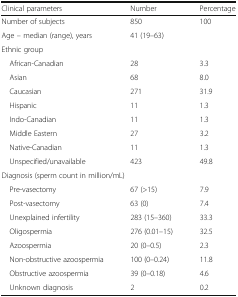
<table><thead><tr><td><b>Clinical parameters</b></td><td><b>Number</b></td><td><b>Percentage</b></td></tr></thead><tbody><tr><td>Number of subjects</td><td>850</td><td>100</td></tr><tr><td>Age – median (range), years</td><td>41 (19–63)</td><td></td></tr><tr><td colspan="3">Ethnic group</td></tr><tr><td> African-Canadian</td><td>28</td><td>3.3</td></tr><tr><td> Asian</td><td>68</td><td>8.0</td></tr><tr><td> Caucasian</td><td>271</td><td>31.9</td></tr><tr><td> Hispanic</td><td>11</td><td>1.3</td></tr><tr><td> Indo-Canadian</td><td>11</td><td>1.3</td></tr><tr><td> Middle Eastern</td><td>27</td><td>3.2</td></tr><tr><td> Native-Canadian</td><td>11</td><td>1.3</td></tr><tr><td> Unspecified/unavailable</td><td>423</td><td>49.8</td></tr><tr><td colspan="3">Diagnosis (sperm count in million/mL)</td></tr><tr><td> Pre-vasectomy</td><td>67 (&gt;15)</td><td>7.9</td></tr><tr><td> Post-vasectomy</td><td>63 (0)</td><td>7.4</td></tr><tr><td> Unexplained infertility</td><td>283 (15–360)</td><td>33.3</td></tr><tr><td> Oligospermia</td><td>276 (0.01–15)</td><td>32.5</td></tr><tr><td> Azoospermia</td><td>20 (0–0.5)</td><td>2.3</td></tr><tr><td> Non-obstructive azoospermia</td><td>100 (0–0.24)</td><td>11.8</td></tr><tr><td> Obstructive azoospermia</td><td>39 (0–0.18)</td><td>4.6</td></tr><tr><td> Unknown diagnosis</td><td>2</td><td>0.2</td></tr></tbody></table>